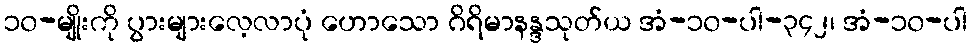
၁၀-မျိုးကို ပွားများလေ့လာပုံ ဟောသော ဂိရိမာနန္ဒသုတ်ယ အံ-၁၀-ပါ-၃၄၂၊ အံ-၁၀-ပါ